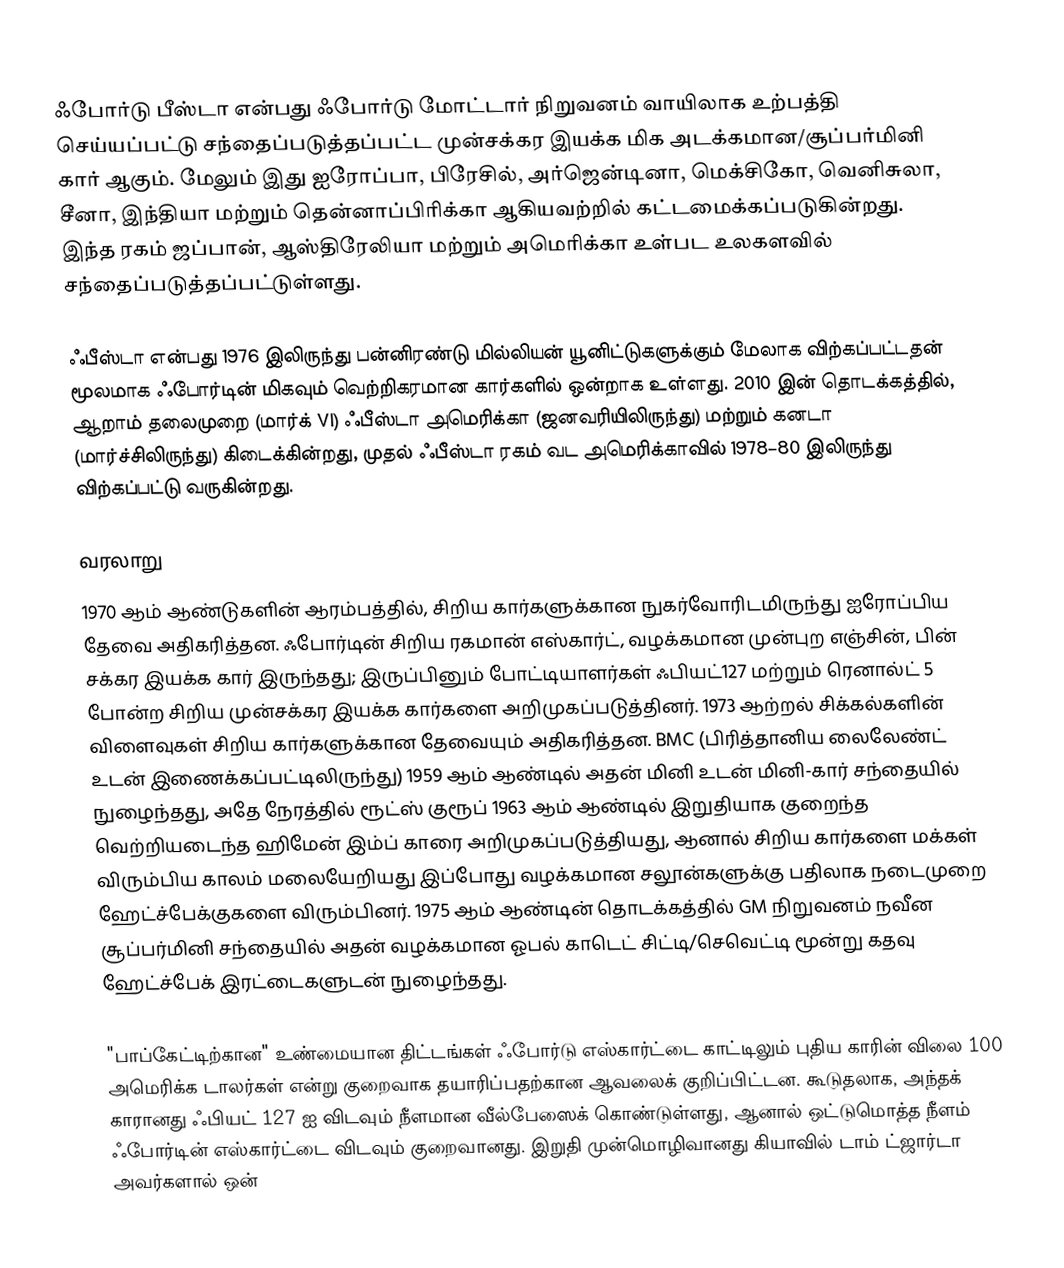
ஃபோர்டு பீஸ்டா என்பது ஃபோர்டு மோட்டார் நிறுவனம் வாயிலாக உற்பத்தி செய்யப்பட்டு சந்தைப்படுத்தப்பட்ட முன்சக்கர இயக்க மிக அடக்கமான/சூப்பர்மினி கார் ஆகும். மேலும் இது ஐரோப்பா, பிரேசில், அர்ஜென்டினா, மெக்சிகோ, வெனிசுலா, சீனா, இந்தியா மற்றும் தென்னாப்பிரிக்கா ஆகியவற்றில் கட்டமைக்கப்படுகின்றது. இந்த ரகம் ஜப்பான், ஆஸ்திரேலியா மற்றும் அமெரிக்கா உள்பட உலகளவில் சந்தைப்படுத்தப்பட்டுள்ளது.

ஃபீஸ்டா என்பது 1976 இலிருந்து பன்னிரண்டு மில்லியன் யூனிட்டுகளுக்கும் மேலாக விற்கப்பட்டதன் மூலமாக ஃபோர்டின் மிகவும் வெற்றிகரமான கார்களில் ஒன்றாக உள்ளது. 2010 இன் தொடக்கத்தில், ஆறாம் தலைமுறை (மார்க் VI) ஃபீஸ்டா அமெரிக்கா (ஜனவரியிலிருந்து) மற்றும் கனடா (மார்ச்சிலிருந்து) கிடைக்கின்றது, முதல் ஃபீஸ்டா ரகம் வட அமெரிக்காவில் 1978–80 இலிருந்து விற்கப்பட்டு வருகின்றது.

வரலாறு
1970 ஆம் ஆண்டுகளின் ஆரம்பத்தில், சிறிய கார்களுக்கான நுகர்வோரிடமிருந்து ஐரோப்பிய தேவை அதிகரித்தன. ஃபோர்டின் சிறிய ரகமான் எஸ்கார்ட், வழக்கமான முன்புற எஞ்சின், பின் சக்கர இயக்க கார் இருந்தது; இருப்பினும் போட்டியாளர்கள் ஃபியட்127 மற்றும் ரெனால்ட் 5 போன்ற சிறிய முன்சக்கர இயக்க கார்களை அறிமுகப்படுத்தினர். 1973 ஆற்றல் சிக்கல்களின் விளைவுகள் சிறிய கார்களுக்கான தேவையும் அதிகரித்தன. BMC (பிரித்தானிய லைலேண்ட் உடன் இணைக்கப்பட்டிலிருந்து) 1959 ஆம் ஆண்டில் அதன் மினி உடன் மினி-கார் சந்தையில் நுழைந்தது, அதே நேரத்தில் ரூட்ஸ் குரூப் 1963 ஆம் ஆண்டில் இறுதியாக குறைந்த வெற்றியடைந்த ஹிமேன் இம்ப் காரை அறிமுகப்படுத்தியது, ஆனால் சிறிய கார்களை மக்கள் விரும்பிய காலம் மலையேறியது இப்போது வழக்கமான சலூன்களுக்கு பதிலாக நடைமுறை ஹேட்ச்பேக்குகளை விரும்பினர். 1975 ஆம் ஆண்டின் தொடக்கத்தில் GM நிறுவனம் நவீன சூப்பர்மினி சந்தையில் அதன் வழக்கமான ஓபல் காடெட் சிட்டி/செவெட்டி மூன்று கதவு ஹேட்ச்பேக் இரட்டைகளுடன் நுழைந்தது.

"பாப்கேட்டிற்கான" உண்மையான திட்டங்கள் ஃபோர்டு எஸ்கார்ட்டை காட்டிலும் புதிய காரின் விலை 100 அமெரிக்க டாலர்கள் என்று குறைவாக தயாரிப்பதற்கான ஆவலைக் குறிப்பிட்டன. கூடுதலாக, அந்தக் காரானது ஃபியட் 127 ஐ விடவும் நீளமான வீல்பேஸைக் கொண்டுள்ளது, ஆனால் ஒட்டுமொத்த நீளம் ஃபோர்டின் எஸ்கார்ட்டை விடவும் குறைவானது. இறுதி முன்மொழிவானது கியாவில் டாம் ட்ஜார்டா அவர்களால் ஒன்